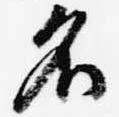
名